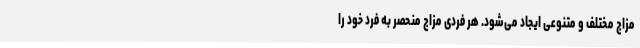
مزاج مختلف و متنوعی ایجاد می‌شود. هر فردی مزاج منحصر به فرد خود را